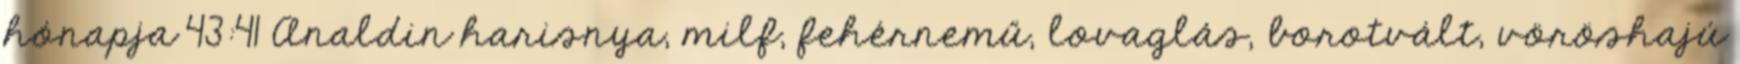
hónapja 43:41 Analdin harisnya, milf, fehérnemű, lovaglás, borotvált, vöröshajú